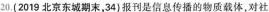
20.(2019北京东城期末，34)报刊是信息传播的物质载体，对社